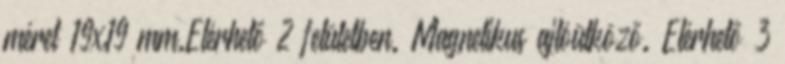
méret 19x19 mm.Elérhető 2 felületben. Magnetikus ajtóütköző. Elérhető 3